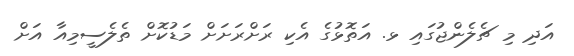
އަދި މި ޗެލެންޖުގައި ޅ. އަތޮޅުގެ އެކި ރަށްރަށަށް މަޑުކޮށް ތެލެސީމިއާ އަށް